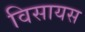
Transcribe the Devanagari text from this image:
विसायस